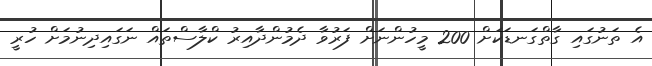
އެ ތަނުގައި ގާތްގަނޑަކަށް 200 މީހުންނަށް ފަރުވާ ދެމުންދާއިރު ކްލާސްތައް ނަގައިދިނުމަށް ހުރީ